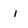
Character: i